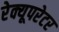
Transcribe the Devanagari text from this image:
रेक्यूपरेटर